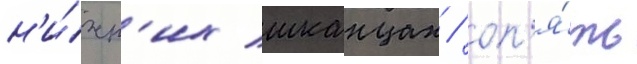
н'и́жн'их шканцах / оп'я́ть